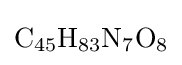
{\ce {C45H83N7O8}}